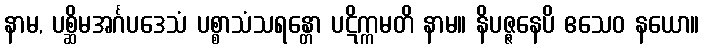
နာမ, ပစ္ဆိမအင်္ဂပဒေသံ ပစ္စာသံသရန္တော ပဋိက္ကမတိ နာမ။ နိပဇ္ဇနေပိ ဧသေဝ နယော။